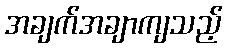
အချက်အချာကျသည့်